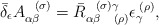
\begin{align*}\bar{\delta}_{\epsilon }A_{\alpha \beta }^{\;\;\;(\sigma )}=\bar{R}_{\alpha\beta \;\;\;\;(\rho )}^{\;\;\;(\sigma )\gamma }\epsilon _{\gamma }^{\;(\rho)}, \end{align*}